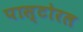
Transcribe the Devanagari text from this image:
पास्टोरल